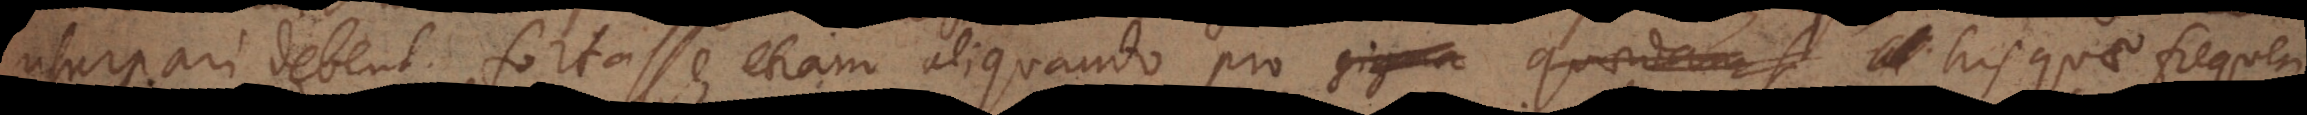
usurpari debent, fortasse etiam aliquando pro his quae freque